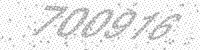
Solution: 700916